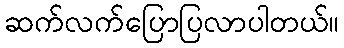
ဆက်လက်ပြောပြလာပါတယ်။